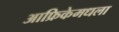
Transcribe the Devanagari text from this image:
आफ्रिकेमधला